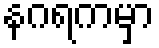
နဂရကမှာ